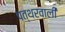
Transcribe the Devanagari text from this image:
पत्थरवाली